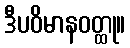
ဒီပဝိမာနဝတ္ထု။